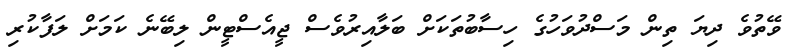
ވޭތުވެ ދިޔަ ތިން މަސްދުވަހުގެ ހިސާބުތަކަށް ބަލާއިރުވެސް ޖީއެސްޓީން ލިބޭނެ ކަމަށް ލަފާކުރި